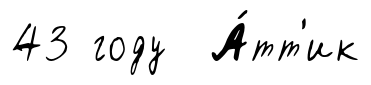
43 году А́тт'ик